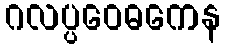
ဂလပ္ပဝေဓကေန